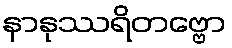
နာနုဿရိတဗ္ဗော